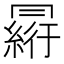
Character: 𠕮